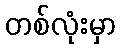
တစ်လုံးမှာ